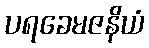
ပရခေမဇနိယံ